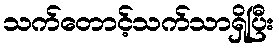
သက်တောင့်သက်သာရှိပြီး